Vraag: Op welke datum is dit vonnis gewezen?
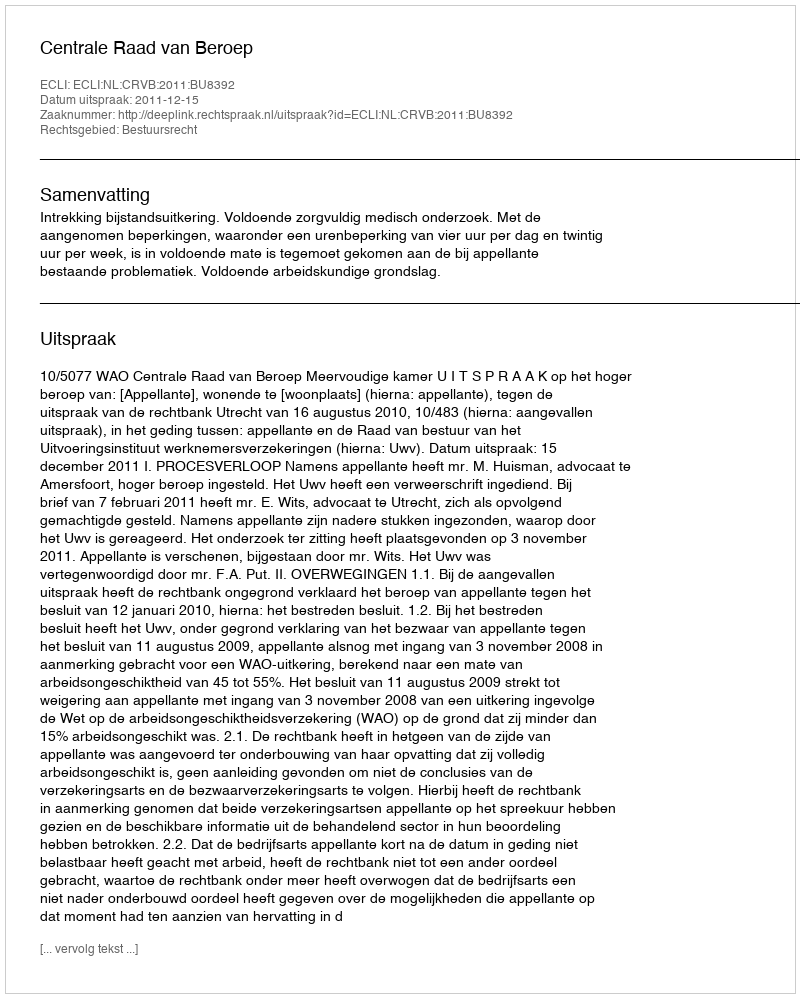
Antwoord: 2011-12-15